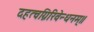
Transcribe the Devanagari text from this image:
दहत्वग्निरिवेन्धनम्॥